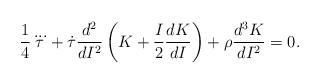
LaTeX: \begin{align*} \frac{1}{4}\dddot{\tau}+\dot{\tau}\frac{d^2}{dI^2}\left(K+\frac{I}{2}\frac{dK}{dI}\right)+\rho\frac{d^3K}{dI^2}=0.\end{align*}